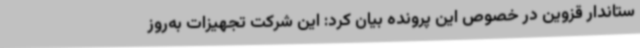
ستاندار قزوین در خصوص این پرونده بیان کرد: این شرکت تجهیزات به‌روز